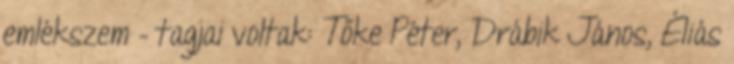
emlékszem – tagjai voltak: Tőke Péter, Drábik János, Éliás